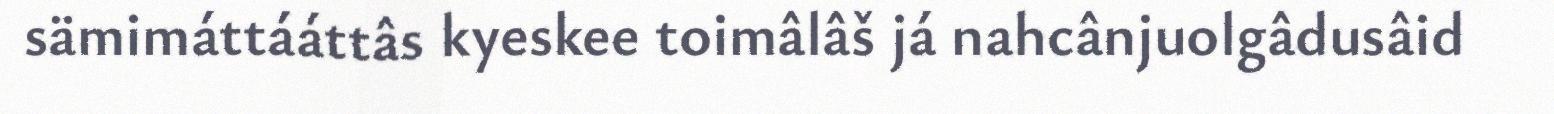
sämimáttááttâs kyeskee toimâlâš já nahcânjuolgâdusâid